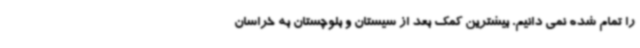
را تمام شده نمی دانیم. بیشترین کمک بعد از سیستان و بلوچستان به خراسان